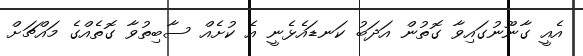
އެއީ ގާނޫނުގައިވާ ގޮތުން އަދަބު ކަނޑައެޅެނީ އެ ކުށެއް ސާބިތުވާ ގޮތެއްގެ މައްޗަށް